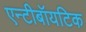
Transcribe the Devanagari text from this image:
एन्टीबॉयटिक